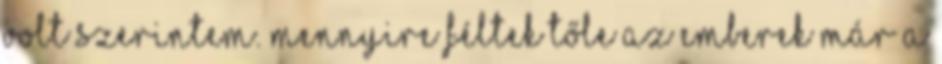
volt szerintem. Mennyire féltek tőle az emberek már a